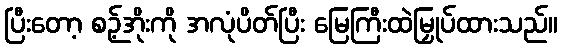
ပြီးတော့ စဉ့်အိုးကို အလုံပိတ်ပြီး မြေကြီးထဲမြှုပ်ထားသည်။